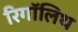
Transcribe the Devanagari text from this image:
रिगॉलिथ